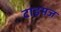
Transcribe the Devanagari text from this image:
टाइमज